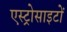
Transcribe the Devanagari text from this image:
एस्ट्रोसाइटों